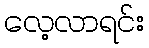
လေ့လာရင်း